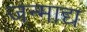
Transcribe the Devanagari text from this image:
जन्माद्य